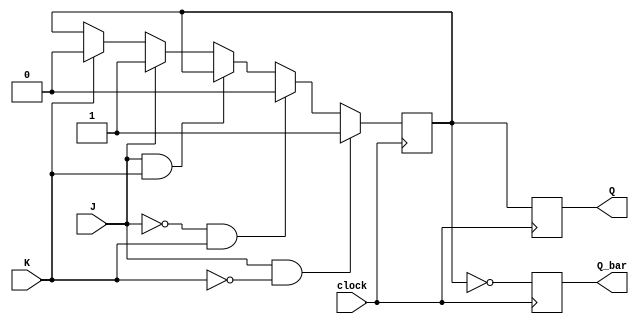
module jk_latch (
    input J,
    input K,
    input clock,
    output reg Q,
    output reg Q_bar
);

reg internal_Q;

always @(posedge clock) begin
    if (J & ~K)
        internal_Q <= 1; // Toggle
    else if (~J & K)
        internal_Q <= 0; // Toggle
    else if (J & K)
        internal_Q <= internal_Q; // Hold
    else if (J)
        internal_Q <= 1; // Set
    else if (K)
        internal_Q <= 0; // Reset
end

always @(posedge clock) begin
    Q <= internal_Q;
    Q_bar <= ~internal_Q;
end

endmodule